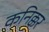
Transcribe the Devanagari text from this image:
कनिक्कर